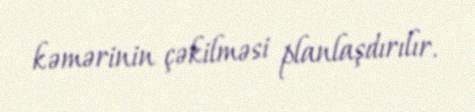
kəmərinin çəkilməsi planlaşdırılır.